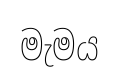
මැමය